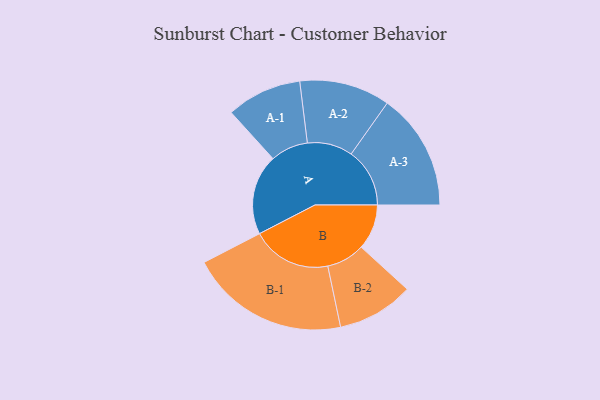
{"axis": {"x": "Segment", "y": "Value"}, "legend": ["", "A", "B"], "data": [{"x": "A", "y": 250, "type": ""}, {"x": "B", "y": 141, "type": ""}, {"x": "A-1", "y": 117, "type": "A"}, {"x": "A-2", "y": 141, "type": "A"}, {"x": "A-3", "y": 182, "type": "A"}, {"x": "B-1", "y": 248, "type": "B"}, {"x": "B-2", "y": 119, "type": "B"}]}